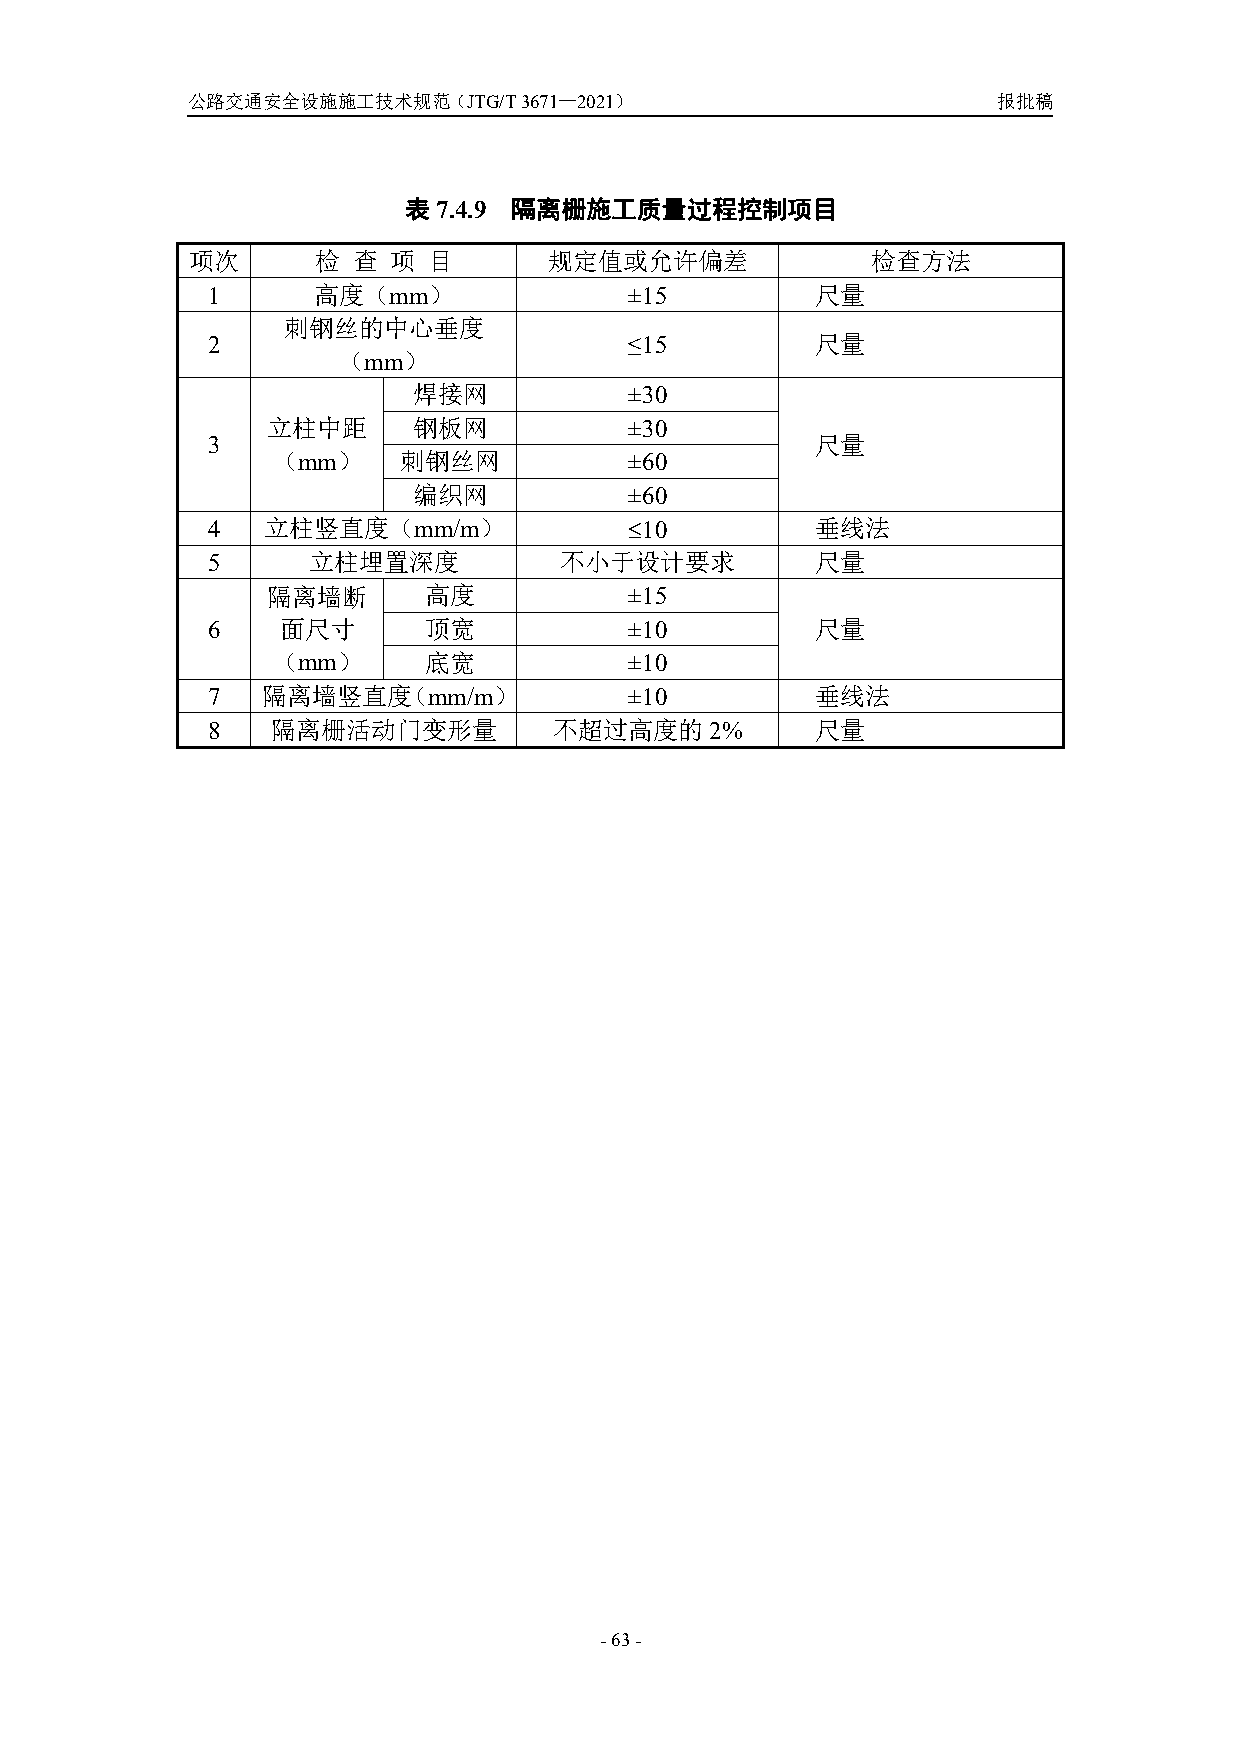
公路交通安全设施施工技术规范（JTG/T3671—2021）                        报批稿
 表7.4.9 隔离栅施工质量过程控制项目
 项次      检 查  项 目       规定值或允许偏差              检查方法
 1      高度（mm）               ±15         尺量
 刺钢丝的中心垂度
 2                           ≤15         尺量
 （mm）
 焊接网            ±30
 立柱中距     钢板网            ±30
 3                                       尺量
 （mm）    刺钢丝网            ±60
 编织网            ±60
 4  立柱竖直度（mm/m）              10         垂线法
 5     立柱埋置深度           不小于设计要求          尺量
 隔离墙断      高度            ±15
 6    面尺寸      顶宽            ±10         尺量
 （mm）      底宽            ±10
 7  隔离墙竖直度（mm/m）             ±10         垂线法
 8   隔离栅活动门变形量          不超过高度的2%         尺量
 -63-